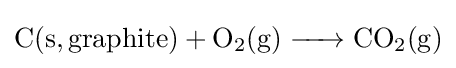
{\ce {C(s, graphite) + O2(g) -> CO2(g)}}